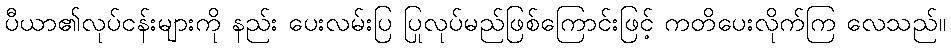
ပီယာ၏လုပ်ငန်းများကို နည်း ပေးလမ်းပြ ပြုလုပ်မည်ဖြစ်ကြောင်းဖြင့် ကတိပေးလိုက်ကြ လေသည်။